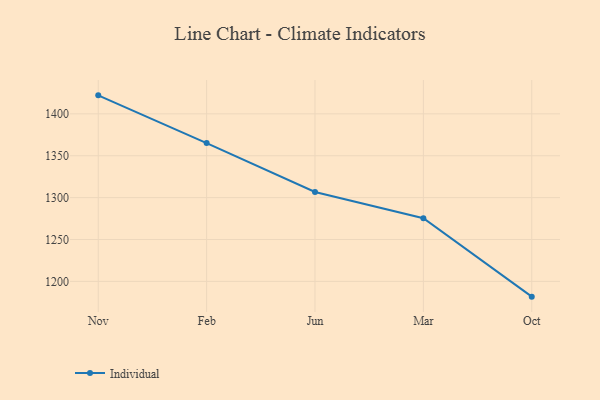
{"axis": {"x": "Month", "y": "Website Visitors"}, "legend": ["Individual"], "data": [{"x": "Nov", "y": 1422.1, "type": "Individual"}, {"x": "Feb", "y": 1365.1, "type": "Individual"}, {"x": "Jun", "y": 1306.7, "type": "Individual"}, {"x": "Mar", "y": 1275.4, "type": "Individual"}, {"x": "Oct", "y": 1181.8, "type": "Individual"}]}